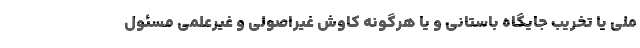
ملی یا تخریب جایگاه باستانی و یا هرگونه کاوش غیراصولی و غیرعلمی مسئول